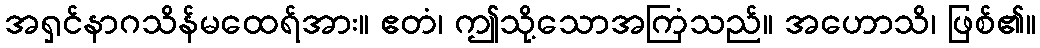
အရှင်နာဂသိန်မထေရ်အား။ ဧတံ၊ ဤသို့သောအကြံသည်။ အဟောသိ၊ ဖြစ်၏။